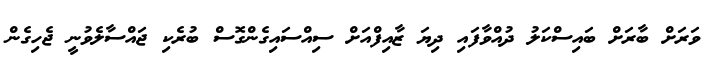
ވަރަށް ބާރަށް ބައިސްކަލު ދުއްވާފައި ދިޔަ ޒާއިފްއަށް ސިއްސައިގެންގޮސް ބުރެކި ޖައްސާލެވުނީ ޖެހިގެން